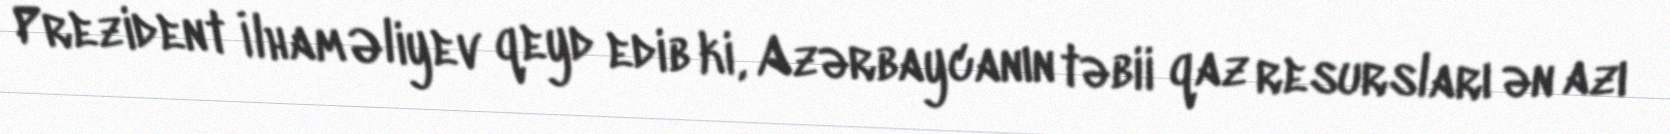
Prezident İlham Əliyev qeyd edib ki, Azərbaycanın təbii qaz resursları ən azı